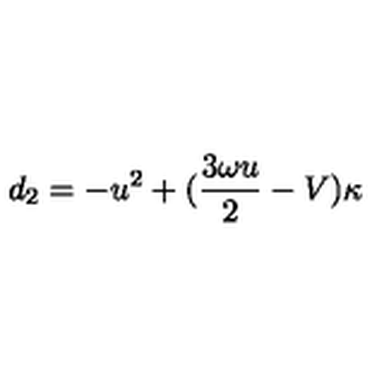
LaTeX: d _ { 2 } = - u ^ { 2 } + ( \frac { 3 \omega u } { 2 } - V ) \kappa